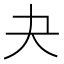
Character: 夬